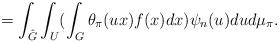
LaTeX: \begin{align*}=\int_{\hat{G}}^{} \int_{U}^{}(\int_{G}^{}\theta_{\pi}(ux)f(x)dx)\psi_{n}(u)dud\mu_{\pi}.\end{align*}